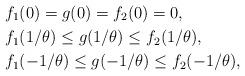
LaTeX: \begin{align*}&f_1(0) = g(0) = f_2(0) = 0,\\&f_1(1/\theta)\leq g(1/\theta) \leq f_2(1/\theta),\\&f_1(-1/\theta)\leq g(-1/\theta) \leq f_2(-1/\theta),\\\end{align*}